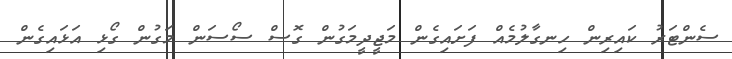
ސެންޓަރު ކައިރިން ހިނގާލުމެއް ފަށައިގެން މަޖީދީމަގުން ގޮސް ސޯސަން މަގުން ގޯޅި އަޅައިގެން